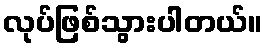
လုပ်ဖြစ်သွားပါတယ်။